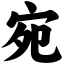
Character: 宛